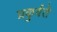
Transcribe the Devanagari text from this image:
प्रकुर्वते